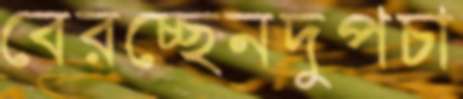
বেরচ্ছেনদুপচা